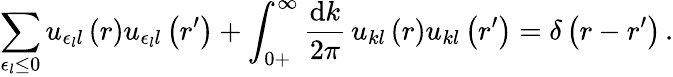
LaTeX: \sum_{\epsilon_{l}\leq 0}u_{\epsilon_{l}l}\left(r\right)u_{\epsilon_{l}l}\left(r^{\prime}\right)+\int_{0+}^{\infty}\frac{\mathrm{d}k}{2\pi}\, u_{kl}\left(r\right)u_{kl}\left(r^{\prime}\right)=\delta\left(r-r^{\prime}\right)\, .